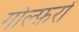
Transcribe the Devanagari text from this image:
गोल्फ़रों